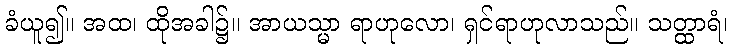
ခံယူ၍။ အထ၊ ထိုအခါ၌။ အာယသ္မာ ရာဟုလော၊ ရှင်ရာဟုလာသည်။ သတ္ထာရံ၊